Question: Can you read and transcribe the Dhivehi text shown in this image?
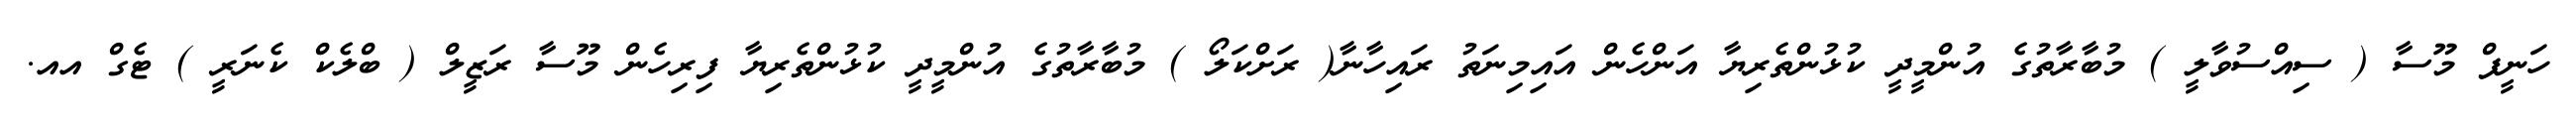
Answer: ހަނީފް މޫސާ ( ސިއްސުވާލީ ) މުބާރާތުގެ އުންމީދީ ކުޅުންތެރިޔާ އަންހެން އައިމިނަތު ރައިހާނާ( ރަށްކަލޯ ) މުބާރާތުގެ އުންމީދީ ކުޅުންތެރިޔާ ފިރިހެން މޫސާ ރަޒީލް ( ބްލެކް ކެނަރީ ) ޓެގް އއ.